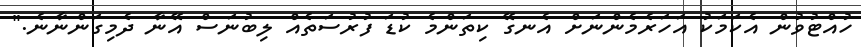
ހުއްޓުވުން އެކަމަކު އަހަރެމެންނަށް އެނގޭ ކިތަންމެ ކުޑަ ފުރުސަތެއް ލިބުނަސް އޭނާ ދެމިގަންނާނެ."